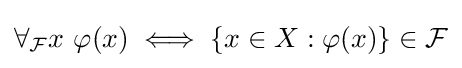
\forall _{\mathcal {F}}x\ \varphi (x)\iff \{x\in X:\varphi (x)\}\in {\mathcal {F}}